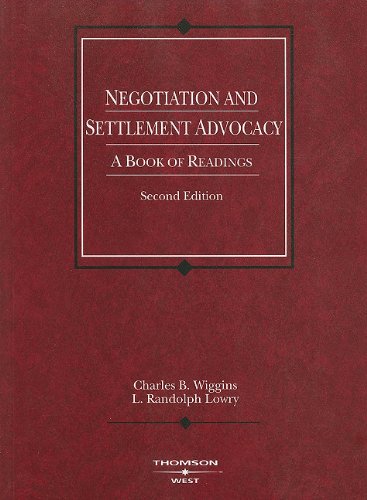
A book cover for Negotiation and Settlement Advocacy: A Book of Readings (American Casebook Series); Charles Wiggins; Law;